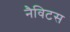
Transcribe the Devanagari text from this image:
नैविटस